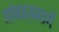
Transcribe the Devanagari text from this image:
आंबडसमार्गे